Indian journal of veterinary science and animal husbandry - Volume 8,
Year: 1938
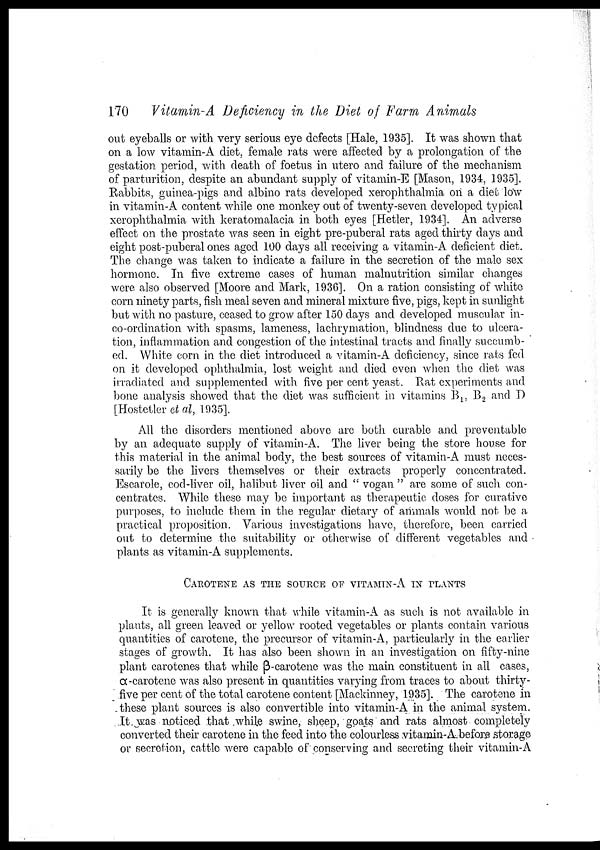
170
Vitamin-A Deficiency in the Diet of Farm Animals
out eyeballs or with very serious eye defects [Hale, 1935]. It was shown that
on a low vitamin-A diet, female rats were affected by a prolongation of the
gestation period, with death of foetus in utero and failure of the mechanism
of parturition, despite an abundant supply of vitamin-E [Mason, 1934, 1935].
Rabbits, guinea-pigs and albino rats developed xerophthalmia on a diet low
in vitamin-A content while one monkey out of twenty-seven developed typical
xerophthalmia with keratomalacia in both eyes [Hetler, 1934]. An adverse
effect on the prostate was seen in eight pre-puberal rats aged thirty days and
eight post-puberal ones aged 100 days all receiving a vitamin-A deficient diet.
The change was taken to indicate a failure in the secretion of the male sex
hormone. In five extreme cases of human malnutrition similar changes
were also observed [Moore and Mark, 1936]. On a ration consisting of white
corn ninety parts, fish meal seven and mineral mixture five, pigs, kept in sunlight
but with no pasture, ceased to grow after 150 days and developed muscular in¬
co-ordination with spasms, lameness, lachrymation, blindness due to ulcera
tion, inflammation and congestion of the intestinal tracts and finally succumb
ed. White corn in the diet introduced a vitamin-A deficiency, since rats fed
on it developed ophthalmia, lost weight and died even when the diet was
irradiated and supplemented with five per cent yeast. Rat experiments and
bone analysis showed that the diet was sufficient in vitamins B l , B 2 and D
[Hostetler et al, 1935].
All the disorders mentioned above are both curable and preventable
by an adequate supply of vitamin-A. The liver being the store house for
this material in the animal body, the best sources of vitamin-A must neces
sarily be the livers themselves or their extracts properly concentrated.
Escarole, cod-liver oil, halibut liver oil and " vogan " are some of such con
centrates. While these may be important as therapeutic doses for curative
purposes, to include them in the regular dietary of animals would not be a
practical proposition. Various investigations have, therefore, been carried
out to determine the suitability or otherwise of different vegetables and
plants as vitamin-A supplements.
CAROTENE AS THE SOURCE OF VITAMIN-A IN PLANTS
It is generally known that while vitamin-A as such is not available in
plants, all green leaved or yellow rooted vegetables or plants contain various
quantities of carotene, the precursor of vitamin-A, particularly in the earlier
stages of growth. It has also been shown in an investigation on fifty-nine
plant carotenes that while β-carotene was the main constituent in all cases,
α-carotene was also present in quantities varying from traces to about thirty-
five per cent of the total carotene content [Mackinney, 1935]. The carotene in
these plant sources is also convertible into vitamin-A in the animal system.
It was noticed that while swine, sheep, goats and rats almost completely
converted their carotene in the feed into the colourless vitamin-A before storage
or secretion, cattle were capable of conserving and secreting their vitamin-A